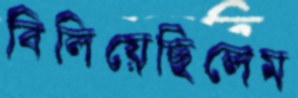
বিলিয়েছিলেম